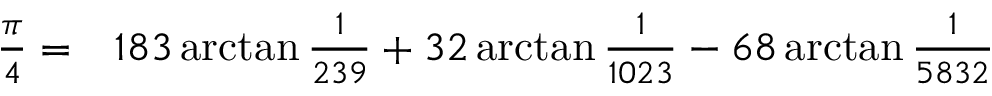
\begin{array} { r l } { { \frac { \pi } { 4 } } = } & { { } 1 8 3 \arctan { \frac { 1 } { 2 3 9 } } + 3 2 \arctan { \frac { 1 } { 1 0 2 3 } } - 6 8 \arctan { \frac { 1 } { 5 8 3 2 } } } \end{array}